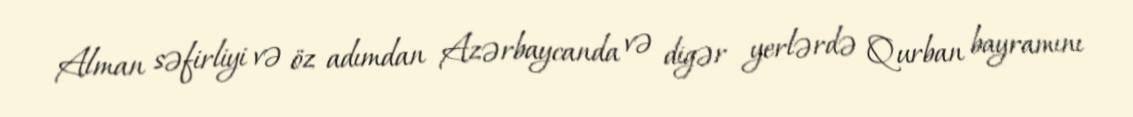
Alman səfirliyi və öz adımdan Azərbaycanda və digər yerlərdə Qurban bayramını